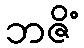
ဘဇိံ